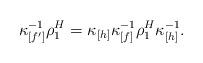
LaTeX: \begin{align*}\kappa_{[f']}^{-1}\rho_1^H=\kappa_{[h]}\kappa_{[f]}^{-1}\rho_1^H\kappa_{[h]}^{-1}.\end{align*}